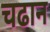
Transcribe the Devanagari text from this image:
चढान